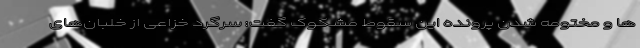
ها و مختومه شدن پرونده این سقوط مشکوک گفت: سرگرد خزاعی از خلبان‌های